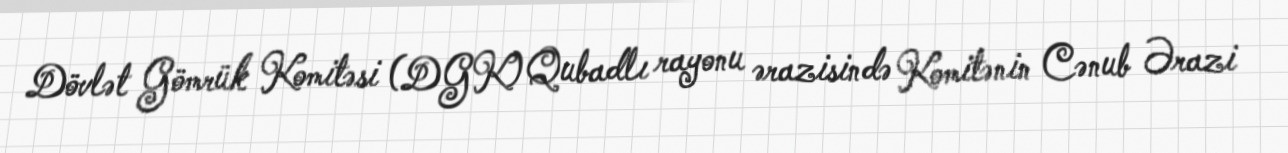
Dövlət Gömrük Komitəsi (DGK) Qubadlı rayonu ərazisində Komitənin Cənub Ərazi